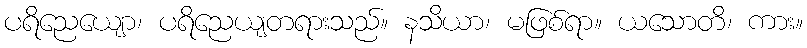
ပရိညေယျော၊ ပရိညေယျတရားသည်။ နသိယာ၊ မဖြစ်ရာ။ ယသောတိ၊ ကား။